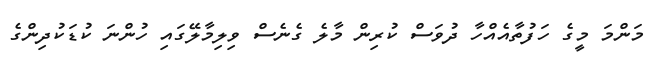
މަންމަ މީގެ ހަފުތާއެއްހާ ދުވަސް ކުރިން މާލެ ގެނެސް ވިލިމާލޭގައި ހުންނަ ކުޑަކުދިންގެ